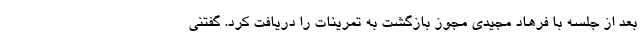
بعد از جلسه با فرهاد مجیدی مجوز بازگشت به تمرینات را دریافت کرد. گفتنی